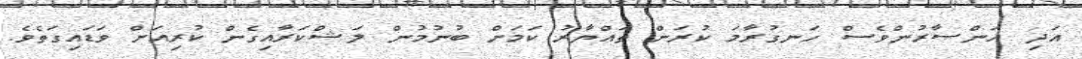
އަދި އަންޞާރުންވެސް ހަނގުރާމަ ކުރަން ތައްޔާރު ކަމަށް ބުނުމުން ލަޝްކަރާއިގެން ކުރިއަށް ވަޑައިގަތެވެ.